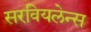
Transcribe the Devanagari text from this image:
सरवियलेन्स